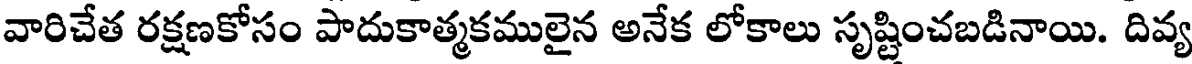
వారిచేత రక్షణకోసం పాదుకాత్మకములైన అనేక లోకాలు సృష్టించబడినాయి. దివ్య